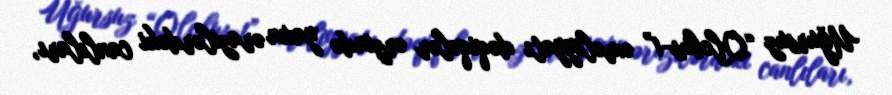
Uğursuz “Qlobus-1” əməliyyatı dəqiqələr ərzində yaxın ərazilərdəki canlıları,